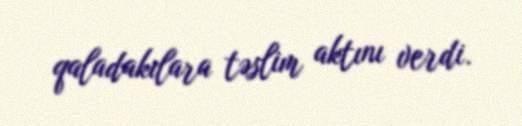
qaladakılara təslim aktını verdi.